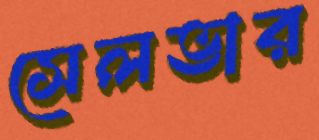
সেলভার